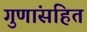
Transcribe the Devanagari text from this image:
गुणांसहित